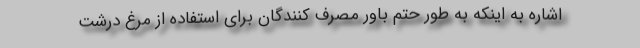
اشاره به اینکه به طور حتم باور مصرف کنندگان برای استفاده از مرغ درشت